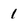
Character: 1